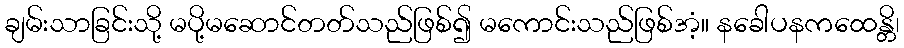
ချမ်းသာခြင်းသို့ မပို့မဆောင်တတ်သည်ဖြစ်၍ မကောင်းသည်ဖြစ်အံ့။ နခေါပနကထေန္တိ၊